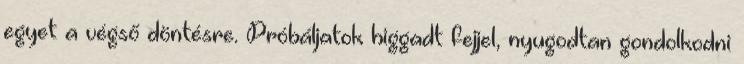
egyet a végső döntésre. Próbáljatok higgadt fejjel, nyugodtan gondolkodni